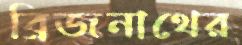
ব্রিজনাথের